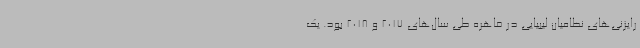
رایزنی‌های نظامیان لیبیایی در قاهره طی سال‌های 2017 و 2018 بود. یک